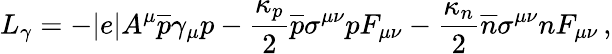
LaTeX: L_{\gamma}=-|e|A^{\mu}{\overline{{p}}}\gamma_{\mu}p-\frac{\kappa_{p}}{2}\overline{{p}}\sigma^{\mu\nu}pF_{\mu\nu}-\frac{\kappa_{n}}{2}\overline{{n}}\sigma^{\mu\nu}nF_{\mu\nu}\, ,